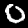
Digit: 0